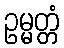
ဥမ္မတ္တံ